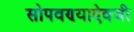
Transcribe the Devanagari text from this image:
सोपवण्याऐवजी